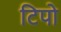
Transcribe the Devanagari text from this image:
टिपो